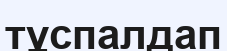
тұспалдап